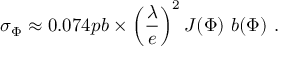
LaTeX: \sigma _ { \Phi } \approx 0 . 0 7 4 p b \times \left( \frac { \lambda } { e } \right) ^ { 2 } J ( \Phi ) ~ b ( \Phi ) ~ .